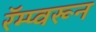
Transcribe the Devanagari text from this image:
रॅम्प्वरून